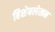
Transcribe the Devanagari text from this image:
हिशेबलेखन